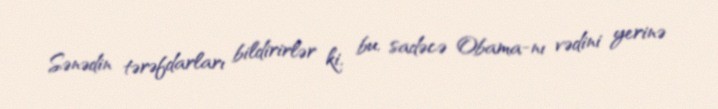
Sənədin tərəfdarları bildirirlər ki, bu, sadəcə Obama-nı vədini yerinə